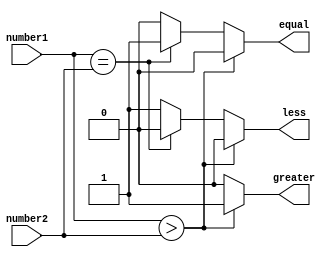
module signed_comparator(
    input signed [7:0] number1,
    input signed [7:0] number2,
    output reg greater,
    output reg equal,
    output reg less
);
    
    always @(number1, number2) begin
        if (number1 > number2) begin
            greater <= 1;
            equal <= 0;
            less <= 0;
        end else if (number1 == number2) begin
            greater <= 0;
            equal <= 1;
            less <= 0;
        end else begin
            greater <= 0;
            equal <= 0;
            less <= 1;
        end
    end
endmodule